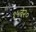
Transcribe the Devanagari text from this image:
१५ते२०